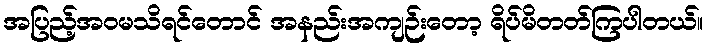
အပြည့်အဝမသိရင်တောင် အနည်းအကျဉ်းတော့ ရိပ်မိတတ်ကြပါတယ်။